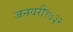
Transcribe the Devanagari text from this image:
जनवरी१७३२